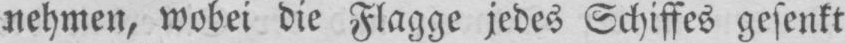
nehmen, wobei die Flagge jedes Schiffes gesenkt